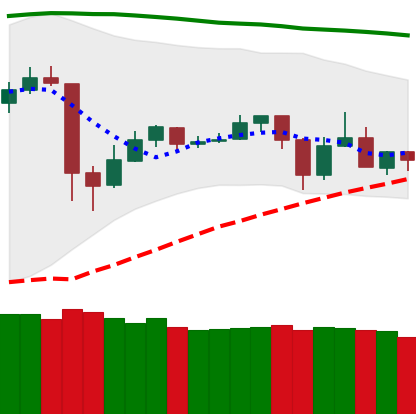
Ticker: TRX-USD
Chart end date: 2020-05-26
Forward return: 9.097%
Label: up_7plus